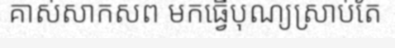
គាស់សាកសព មកធ្វើបុណ្យស្រាប់តែ